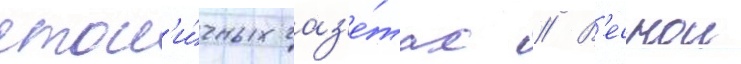
стол'и́чных газ'е́тах // В'еснои